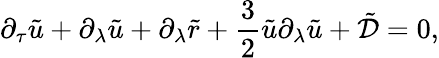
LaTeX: \partial_{\tau}\tilde{u}+\partial_{\lambda}\tilde{u}+\partial_{\lambda}\tilde{r}+\frac{3}{2}\tilde{u}\partial_{\lambda}\tilde{u}+\tilde{\mathcal{D}}=0,